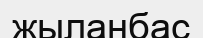
жыланбас